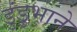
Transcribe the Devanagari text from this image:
डुंडुभाने